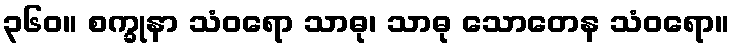
၃၆၀။ စက္ခုနာ သံဝရော သာဓု၊ သာဓု သောတေန သံဝရော။